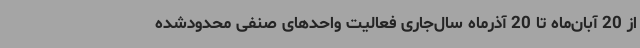
از 20 آبان‌ماه تا 20 آذرماه سال‌جاری فعالیت واحدهای صنفی محدودشده